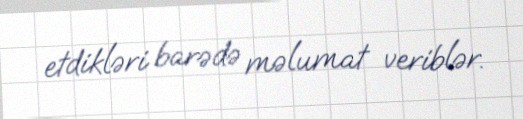
etdikləri barədə məlumat veriblər.